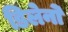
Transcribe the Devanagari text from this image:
डिलेनो